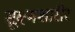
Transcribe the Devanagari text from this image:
सूक्ष्मशारीर